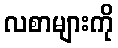
လစာများကို